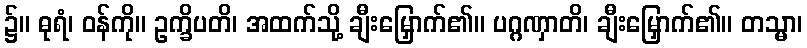
၌။ ဓုရံ၊ ဝန်ကို။ ဥက္ခိပတိ၊ အထက်သို့ ချီးမြှောက်၏။ ပဂ္ဂဏှာတိ၊ ချီးမြှောက်၏။ တသ္မာ၊